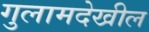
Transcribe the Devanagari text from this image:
गुलामदेखील